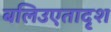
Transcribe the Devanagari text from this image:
बलिउएतादृश